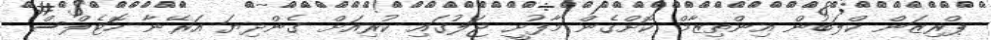
ޕްރިޒަން ކްލަބުން އިންތިޒާމް ކޮށްގެން މާފުށީ ޖަލުގައި ކުރިއަށް ގެންދިޔަ އަރޭނާ ހޮޓެލްސް